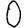
Digit: 0